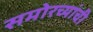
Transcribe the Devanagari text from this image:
समोरच्यांची